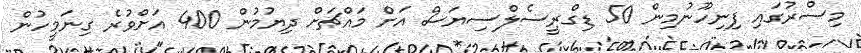
މިސްރުގައި ފިނިހޫނުމިން 50 ޑިގްރީސެލްސިޔަސް އަށް މައްޗަށް ދިޔުމުން 400 އަށްވުރެ ގިނަމީހުން